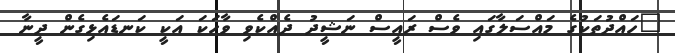
"ހައްދުތަކުގެ މައްސަލާގައި ވެސް ރައީސް ނަޝީދު ދެއްކެވި ވާހަކަ އަކީ ކަނޑައެޅިގެން ދީނާ